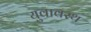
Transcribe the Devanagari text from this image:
युवावस्थ